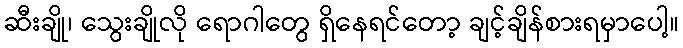
ဆီးချို၊ သွေးချိုလို ရောဂါတွေ ရှိနေရင်တော့ ချင့်ချိန်စားရမှာပေါ့။